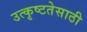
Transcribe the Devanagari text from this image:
उत्कृष्टतेसाठी